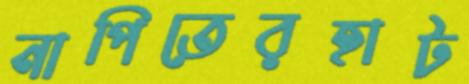
নাপিতেরহাট